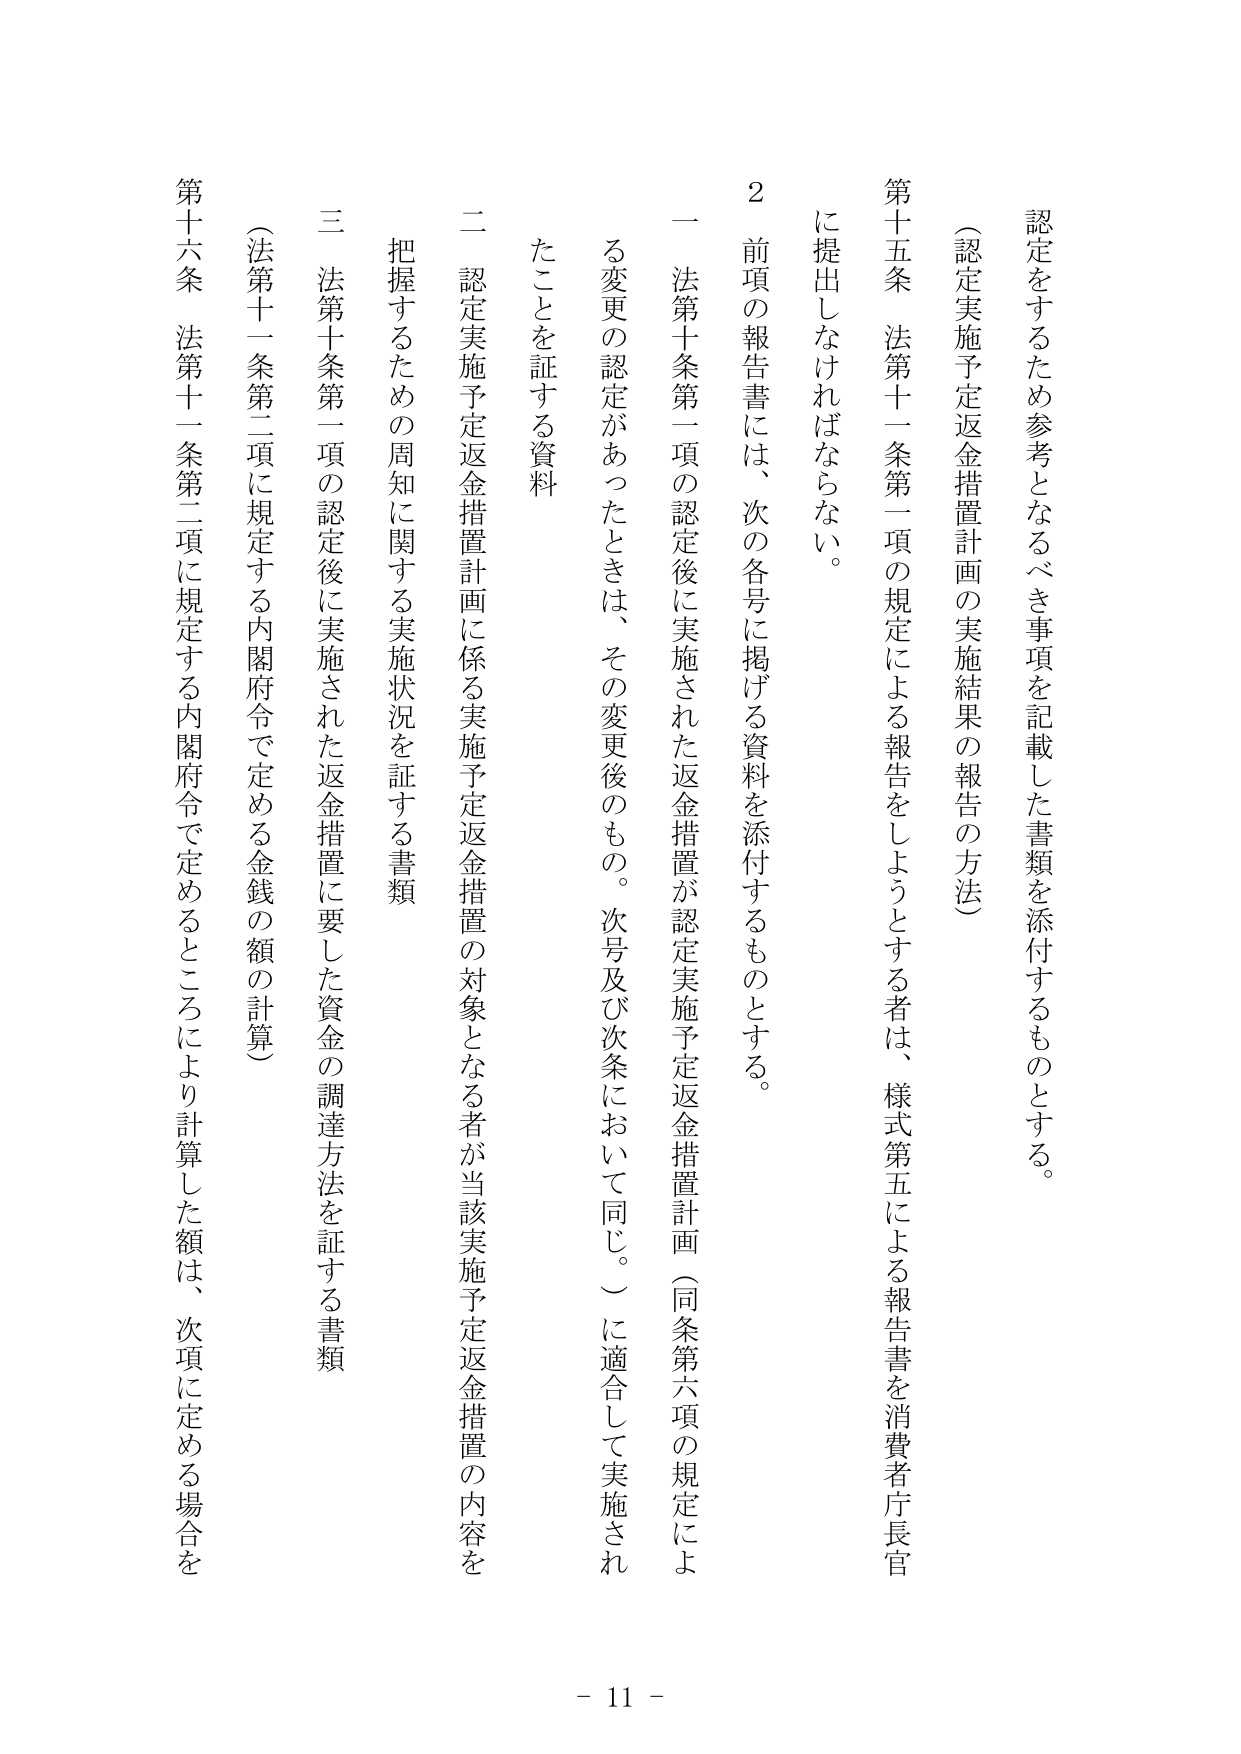
認定をするため参考となるべき事項を記載した書類を添付するものとする。

（認定実施予定返金措置計画の実施結果の報告の方法）

第十五条 法第十一条第一項の規定による報告をしようとする者は、様式第五による報告書を消費者庁長官に提出しなければならない。

２ 前項の報告書には、次の各号に掲げる資料を添付するものとする。

一 法第十条第一項の認定後に実施された返金措置が認定実施予定返金措置計画（同条第六項の規定による変更の認定があったときは、その変更後のもの。次号及び次条において同じ。）に適合して実施されたことを証する資料

二 認定実施予定返金措置計画に係る実施予定返金措置の対象となる者が当該実施予定返金措置の内容を把握するための周知に関する実施状況を証する書類

三 法第十条第一項の認定後に実施された返金措置に要した資金の調達方法を証する書類

（法第十一条第二項に規定する内閣府令で定める金銭の額の計算）

第十六条 法第十一条第二項に規定する内閣府令で定めるところにより計算した額は、次項に定める場合を

- 11 -